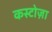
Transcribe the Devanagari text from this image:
कस्टोज़ा